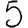
Digit: 5